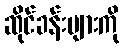
ဆိုင်ခန်းများကို